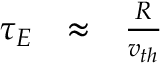
\begin{array} { l l l } { \tau _ { E } } & { \approx } & { { \frac { R } { v _ { t h } } } } \end{array}